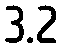
3.2